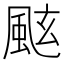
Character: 𩗁